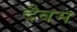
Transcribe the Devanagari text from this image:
दैवम